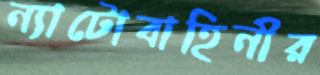
ন্যাটোবাহিনীর